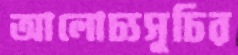
আলোচ্যসূচির